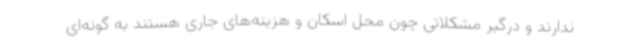
ندارند و درگیر مشکلاتی چون محل اسکان و هزینه‌های جاری هستند به گونه‌ای